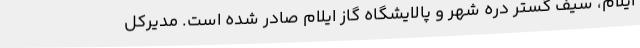
ایلام، سیف گستر دره شهر و پالایشگاه گاز ایلام صادر شده است. مدیرکل